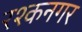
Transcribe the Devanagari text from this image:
रश्कनगर